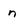
Character: n